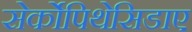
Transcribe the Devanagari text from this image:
सेर्कोपिथेसिडाए